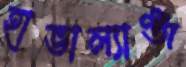
হাভাল্যাঞ্জ